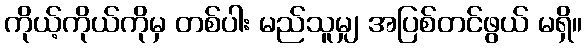
ကိုယ့်ကိုယ်ကိုမှ တစ်ပါး မည်သူမျှ အပြစ်တင်ဖွယ် မရှိ။